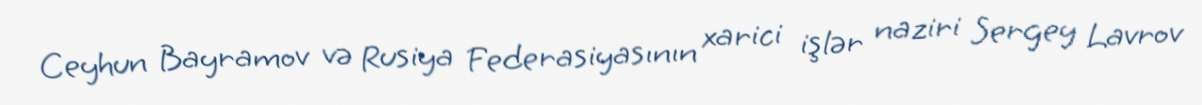
Ceyhun Bayramov və Rusiya Federasiyasının xarici işlər naziri Sergey Lavrov